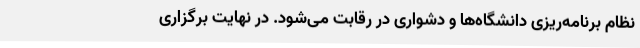
نظام برنامه‌ریزی دانشگاه‌ها و دشواری در رقابت می‌شود. در نهایت برگزاری